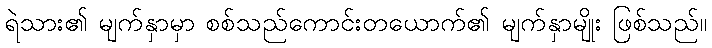
ရဲသား၏ မျက်နှာမှာ စစ်သည်ကောင်းတယောက်၏ မျက်နှာမျိုး ဖြစ်သည်။